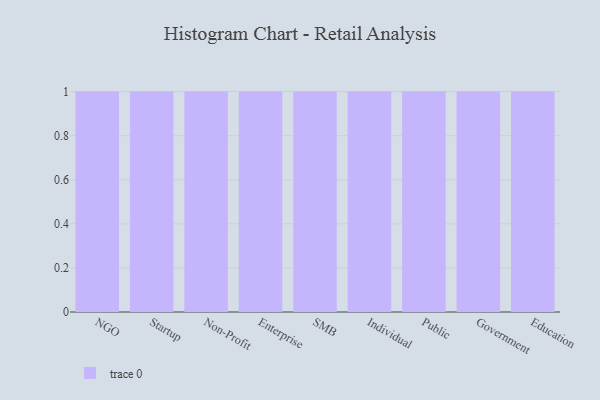
{"axis": {"x": "Segment", "y": "Gross Profit (USD K)"}, "legend": [""], "data": [{"x": "NGO", "y": 8, "type": ""}, {"x": "Startup", "y": 84, "type": ""}, {"x": "Non-Profit", "y": 86, "type": ""}, {"x": "Enterprise", "y": 74, "type": ""}, {"x": "SMB", "y": 55, "type": ""}, {"x": "Individual", "y": 100, "type": ""}, {"x": "Public", "y": 8, "type": ""}, {"x": "Government", "y": 38, "type": ""}, {"x": "Education", "y": 53, "type": ""}]}